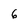
Character: 6